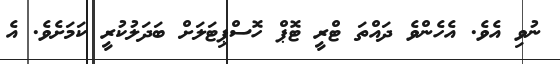
ނުވި އެވެ. އެހެންވެ ދައްތަ ޓްރީ ޓޮޕް ހޮސްޕިޓަލަށް ބަދަލުކުރީ ކަމަށެވެ. އެ